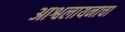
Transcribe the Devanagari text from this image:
आश्वलायनाचा